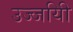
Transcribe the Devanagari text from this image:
उज्जयिी